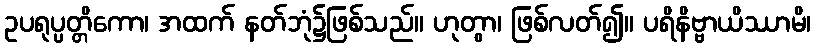
ဥပရုပ္ပတ္တိကော၊ အထက် နတ်ဘုံ၌ဖြစ်သည်။ ဟုတွာ၊ ဖြစ်လတ်၍။ ပရိနိဗ္ဗာယိဿာမိ၊